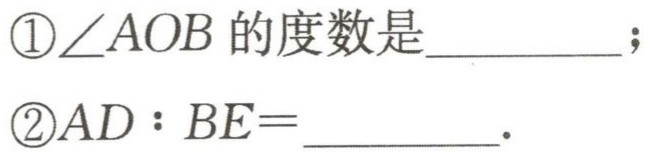
\textcircled{1}$\angle AOB$的度数是  ；
\textcircled{2}$AD:BE = $  。